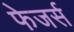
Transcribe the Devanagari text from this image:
फेजर्स